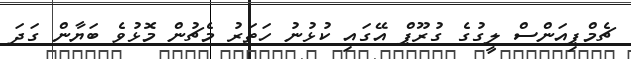
ޗެމްޕިއަންސް ލީގުގެ ގުރޫޕް އޭގައި ކުޅުނު ހަތަރު މެޗުން މޮޅުވެ ބަޔާން ގަދަ